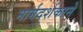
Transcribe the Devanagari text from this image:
मार्गदर्शकाने